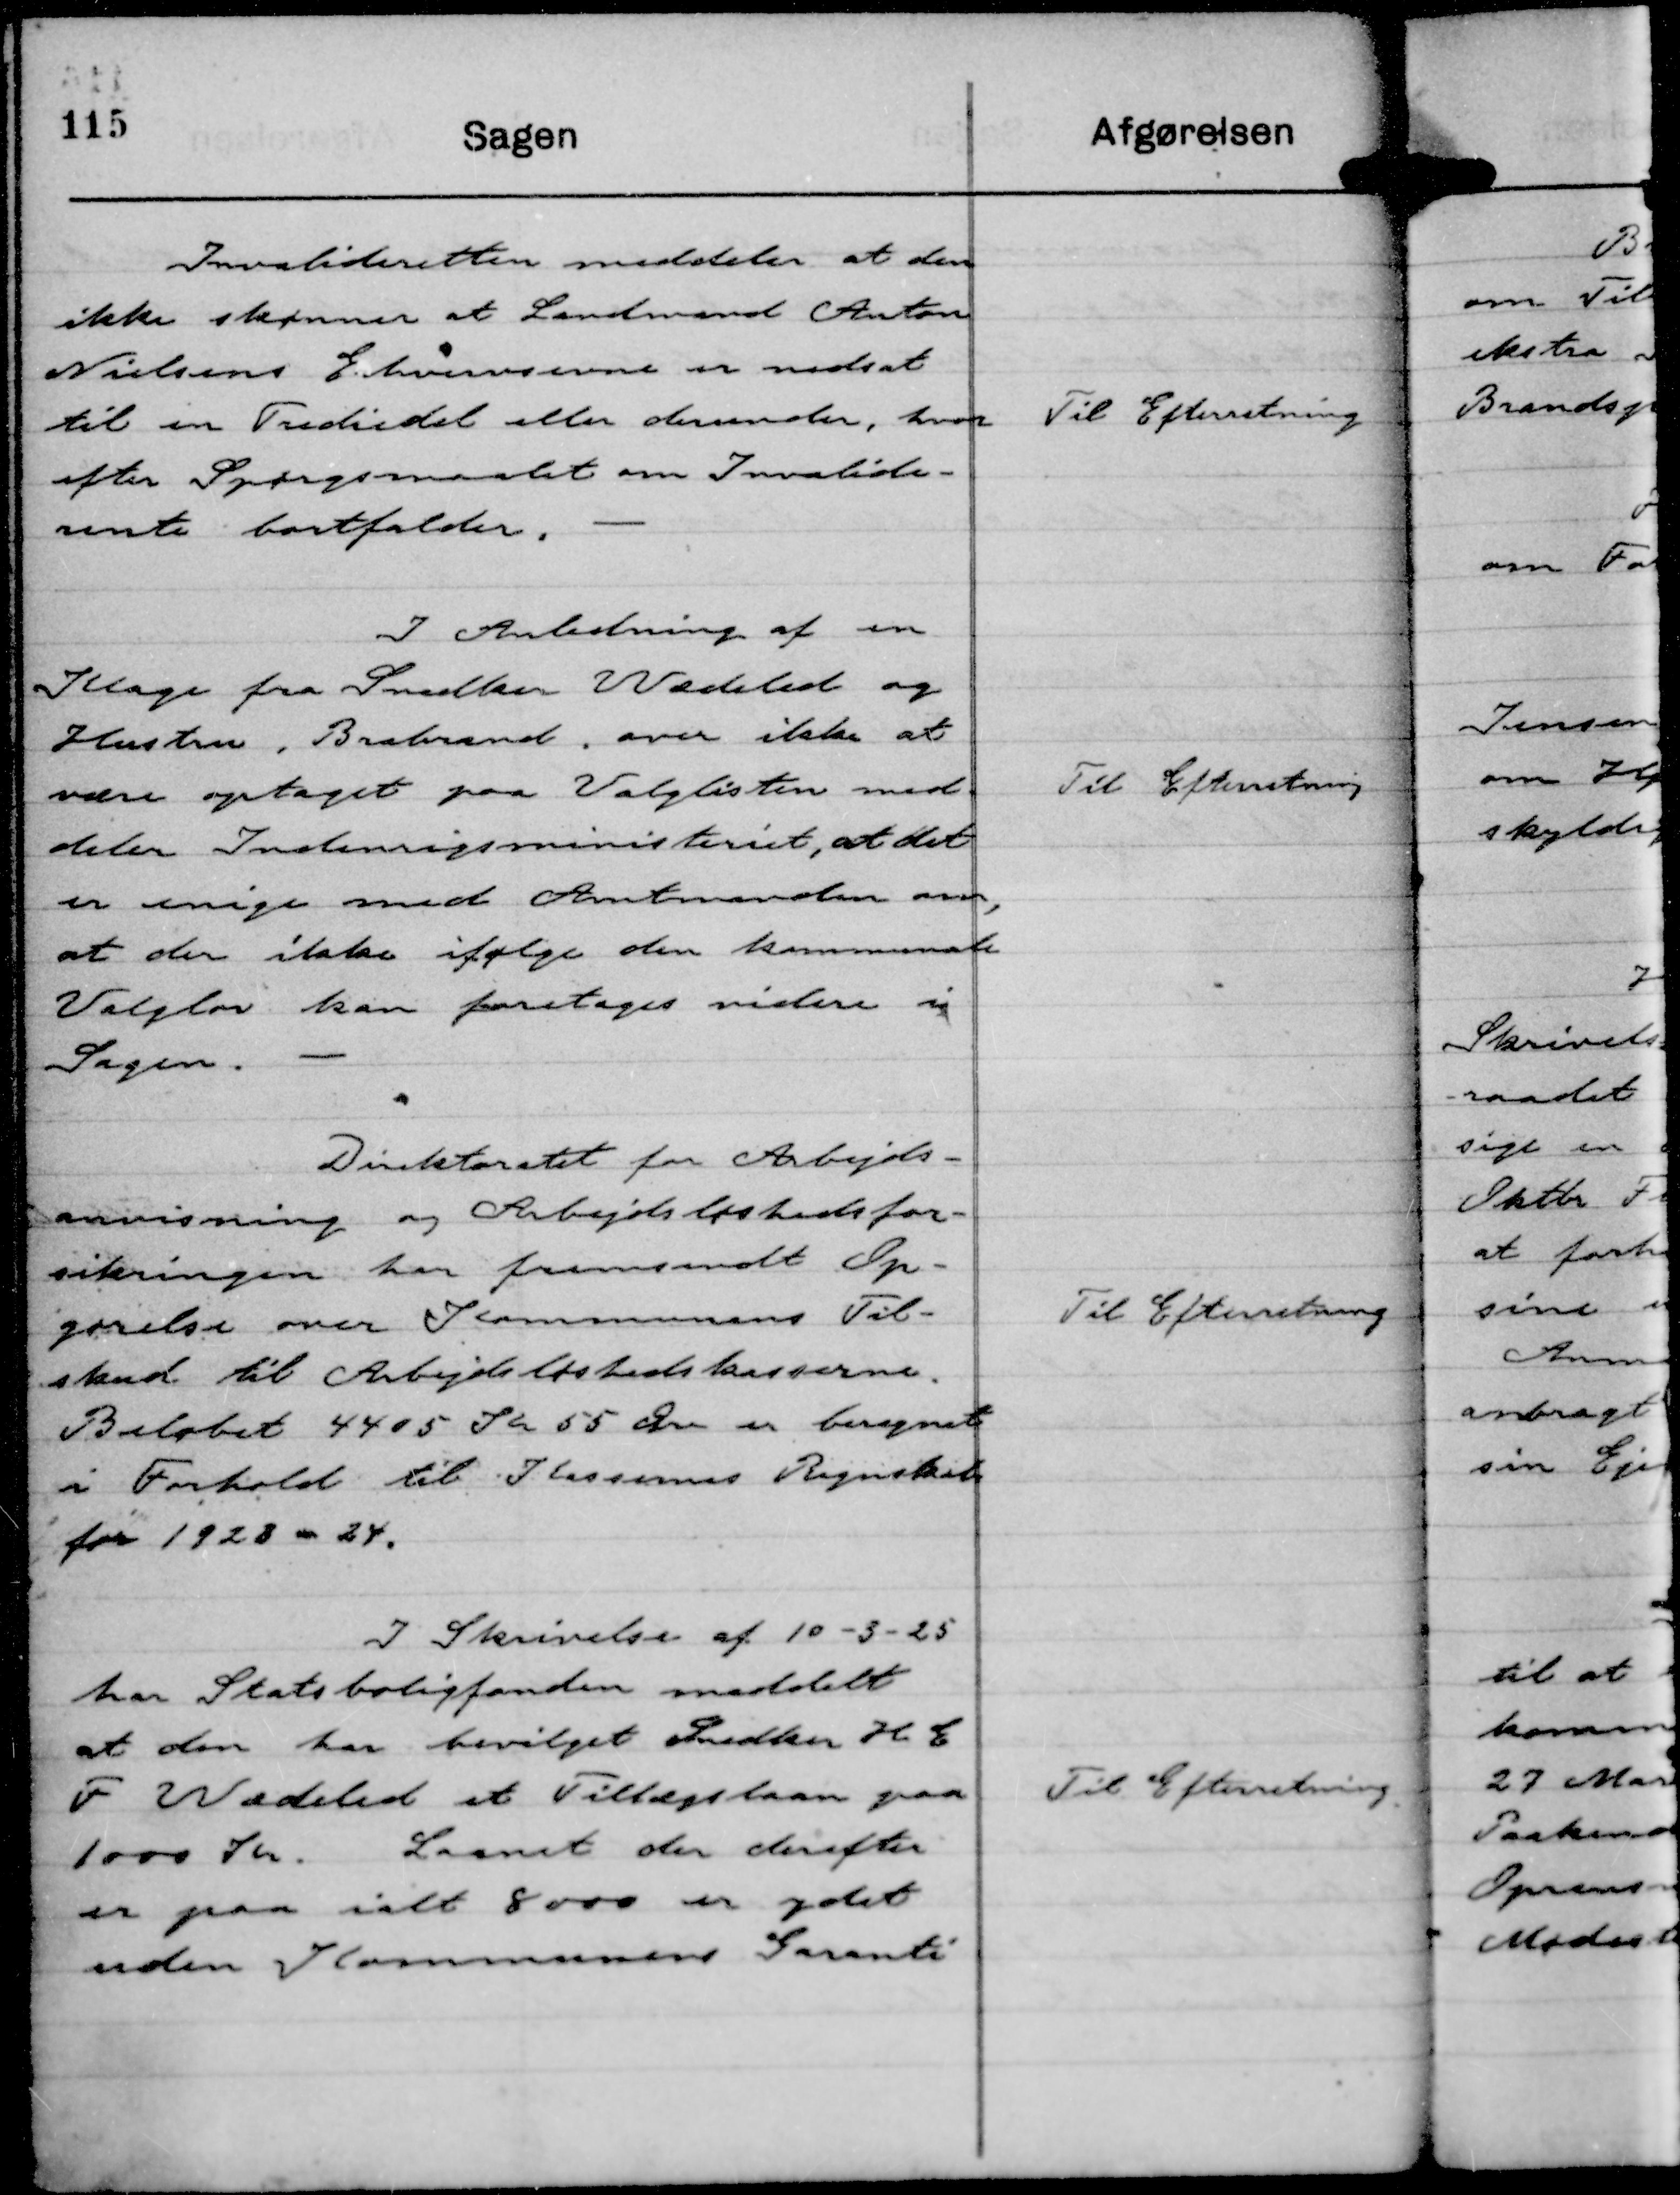
Transskription:
Invalideretten meddeler at den
ikke skønner at Landmand Anton
Nielsens Erhvervsevne er nedsat
til en Trediedel eller derunder, hvor
efter Spørgsmaalet om Invalide-
rente bortfalder.

Til Efterretning

I Anledning af en
Klage fra Snedker Wædeled og
Hustru, Brabrand, over ikke at
være optaget paa Valglisten med-
deler Indenrigsministeriet, at det
er enige med Amtmanden om,
at der ikke ifølge den kommende
Valglov kan foretages videre i
Sagen.

Til Efterretning

Direktoratet for Arbejds-
anvisning og Arbejdsløshedsfor-
sikringen har fremsendt Op-
gørelse over Kommunens Til-
skud til Arbejdsløshedskasserne.
Beløbet 4405 Kr 55 Øre er beregnet
i Forhold til Kassernes Regnskab
for 1923 - 24.

Til Efterretning

I Skrivelse af 10-3-25
har Statsboligfonden meddelt
at den har bevilget Snedker H E
F Wædeled et Tillægslaan paa
1000 kr. Laanet der derefter
er paa ialt 8000 Kr er ydet
uden Kommunens Garanti

Til Efterretning